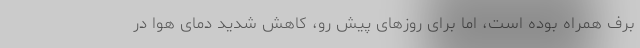
برف همراه بوده است، اما برای روزهای پیش رو، کاهش شدید دمای هوا در